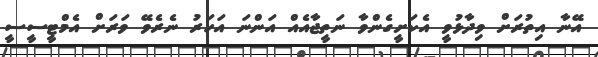
އޭނާ އިތުރަށް ވިދާޅުވީ އެކަށީގެންވާ ނަތީޖާއެއް އަންނަ އަހަރު ނެރެވޭ ވަރަށް އެމްޓީސީސީ